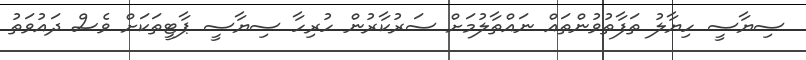
ސިޔާސީ ހިޔާލު ތަފާތުވުންތައް ނައްތާލުމަށް ސަރުކާރުން ހުރިހާ ސިޔާސީ ޕާޓީތަކަށް ވެސް ދައުވަތު